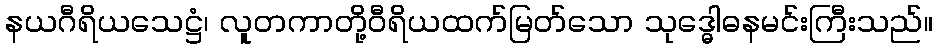
နယဂီရိယသေဋ္ဌံ၊ လူတကာတို့ဝီရိယထက်မြတ်သော သုဒ္ဓေါဓနမင်းကြီးသည်။